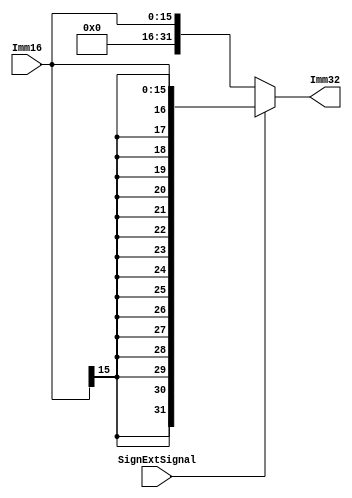
//`timescale 1ns / 1ps
//////////////////////////////////////////////////////////////////////////////////
// Company: BIT
// 
// Design Name: SignExt
// Module Name: SignExtension
// Project Name: single cycle mips cpu
// Target Devices: 
// Tool Versions: vivado 2019.2
// Description: extend the 16bits immediate number in the instruction to 32bits
// 
// Dependencies: 
// 
// Revision:
// Revision 0.01 - File Created
// Additional Comments:
// 
//////////////////////////////////////////////////////////////////////////////////


module SignExtension(
    input[15:0] Imm16,
    input SignExtSignal,
    output[31:0] Imm32
    );
    //sign or zero
    assign Imm32 = (SignExtSignal) ? {{16{ Imm16[15] }},Imm16} : {16'd0,Imm16};
    
endmodule